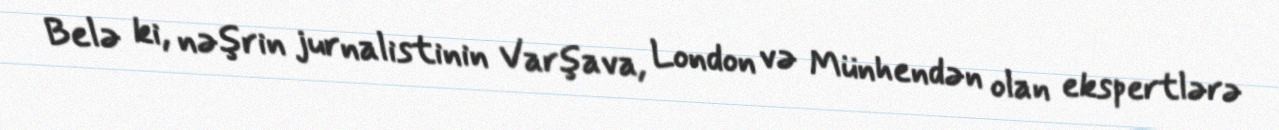
Belə ki, nəşrin jurnalistinin Varşava, London və Münhendən olan ekspertlərə